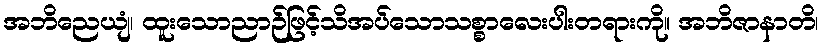
အဘိညေယျံ၊ ထူးသောညာဉ်ဖြင့်သိအပ်သောသစ္စာလေးပါးတရားကို။ အဘိဇာနာတိ၊